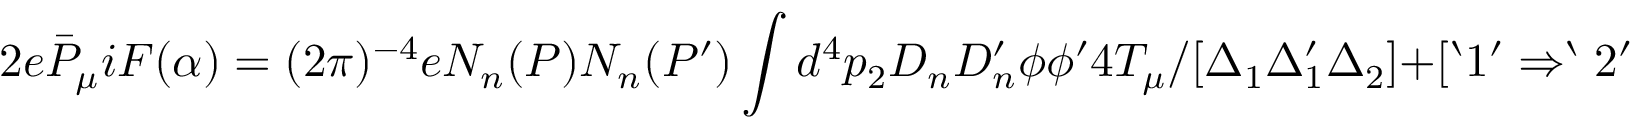
2 e { \bar { P } } _ { \mu } i F ( \alpha ) = ( 2 \pi ) ^ { - 4 } e N _ { n } ( P ) N _ { n } ( P ^ { \prime } ) \int d ^ { 4 } p _ { 2 } D _ { n } D _ { n } ^ { \prime } \phi \phi ^ { \prime } 4 T _ { \mu } / [ \Delta _ { 1 } \Delta _ { 1 } ^ { \prime } \Delta _ { 2 } ] + [ ` 1 ^ { \prime } \Rightarrow ` 2 ^ { \prime } ]